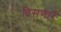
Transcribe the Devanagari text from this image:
दिसणारं